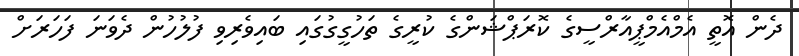
ދެން އޮތީ އެމްއެމްޕީއާރްސީގެ ކޮރަޕްޝަންގެ ކުރީގެ ތަހުގީގުގައި ބައިވެރިވި ފުލުހުން ދެވަނަ ފަހަރަށް